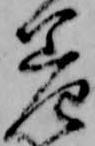
差